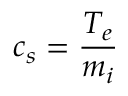
c _ { s } = \frac { T _ { e } } { m _ { i } }